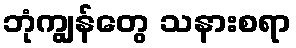
ဘုံကျွန်တွေ သနားစရာ